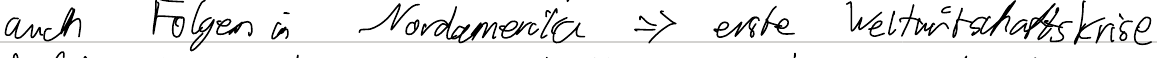
auch Folgen in Nordamerika => erste Weltwirtschaftskrise